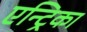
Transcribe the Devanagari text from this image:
एन्ट्रिका